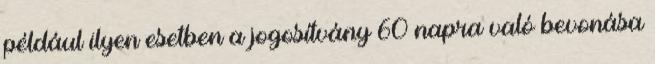
például ilyen esetben a jogosítvány 60 napra való bevonása